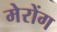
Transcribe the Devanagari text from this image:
मेरोंग